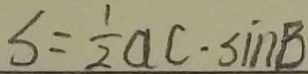
s = \frac { 1 } { 2 } a c \cdot \sin B